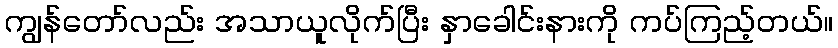
ကျွန်တော်လည်း အသာယူလိုက်ပြီး နှာခေါင်းနားကို ကပ်ကြည့်တယ်။